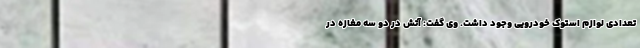
تعدادی لوازم استوک خودرویی وجود داشت. وی گفت: آتش در دو سه مغازه در